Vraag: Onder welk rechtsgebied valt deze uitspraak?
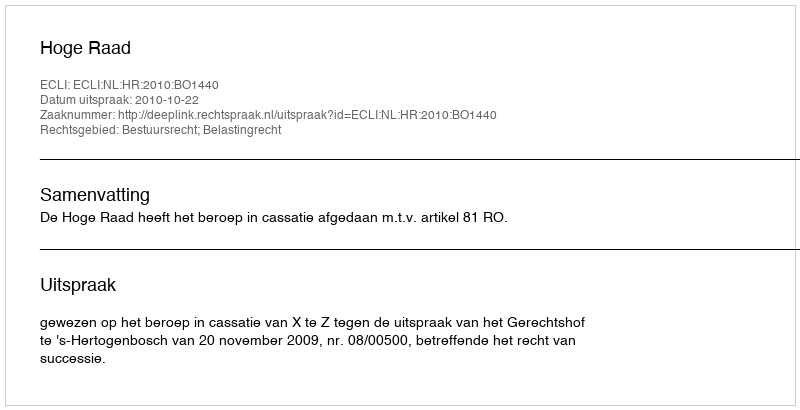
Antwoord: Bestuursrecht; Belastingrecht